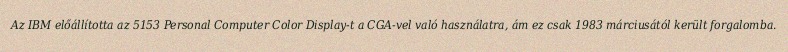
Az IBM előállította az 5153 Personal Computer Color Display-t a CGA-vel való használatra, ám ez csak 1983 márciusától került forgalomba.